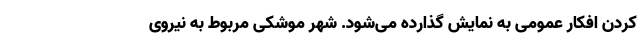
کردن افکار عمومی به نمایش گذارده می‌شود. شهر موشکی مربوط به نیروی